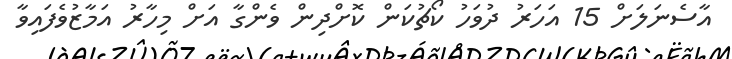
އާސެނަލަށް 15 އަހަރު ދުވަހު ކޯޗުކަން ކޮށްދިން ވެންގާ އަށް މިހާރު އަމާޒުވެފައިވާ